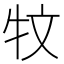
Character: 𱭩